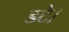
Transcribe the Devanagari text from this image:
डटे।